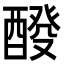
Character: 𨡩